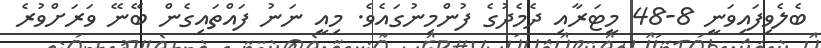
ބެލެވިފައިވަނީ 8-48 މީޓަރާއި ދެމެދުގެ ފުންމިނުގައެވެ. މިއީ ނަނު ފައްތައިގެން ބޭނޭ ވަރަށްވުރެ